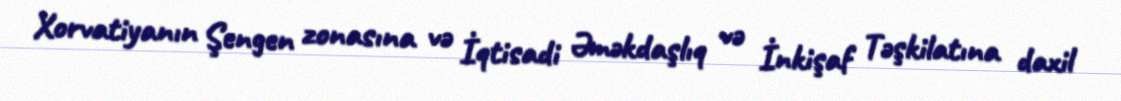
Xorvatiyanın Şengen zonasına və İqtisadi Əməkdaşlıq və İnkişaf Təşkilatına daxil